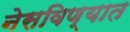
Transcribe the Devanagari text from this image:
नेसविण्यात